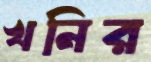
খনির